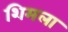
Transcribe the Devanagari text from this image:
शिमला